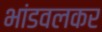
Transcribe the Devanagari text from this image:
भांडवलकर